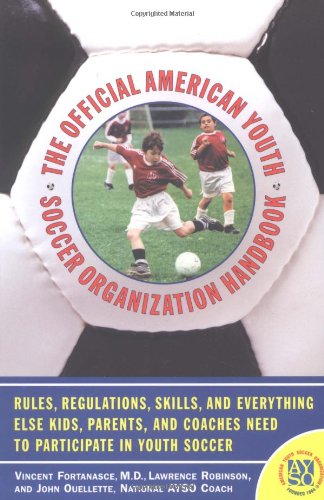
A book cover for The Official American Youth Soccer Organization Handbook; Vincent Fortanasce; Sports & Outdoors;